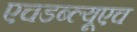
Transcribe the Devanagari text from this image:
एचडब्ल्यूएच